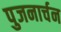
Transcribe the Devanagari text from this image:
पुजनार्चन